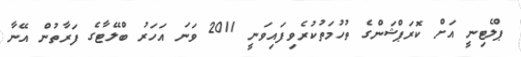
ޕްލެޓިނީ އަށް ކޮރަޕްޝަންގެ ތުހުމަތުކުރެވިފައިވަނީ 2011 ވަނަ އަހަރު ބްލޭޓާގެ ފަރާތުން އޭނާ